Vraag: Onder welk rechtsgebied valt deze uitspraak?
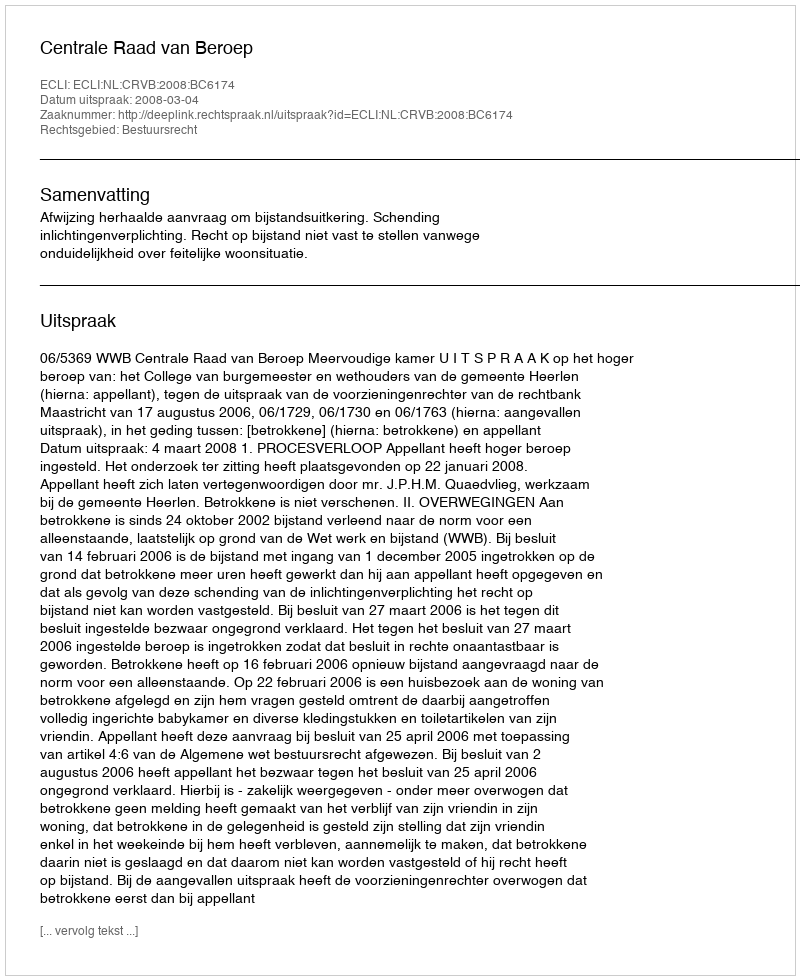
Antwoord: Bestuursrecht